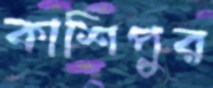
কাশিপুর